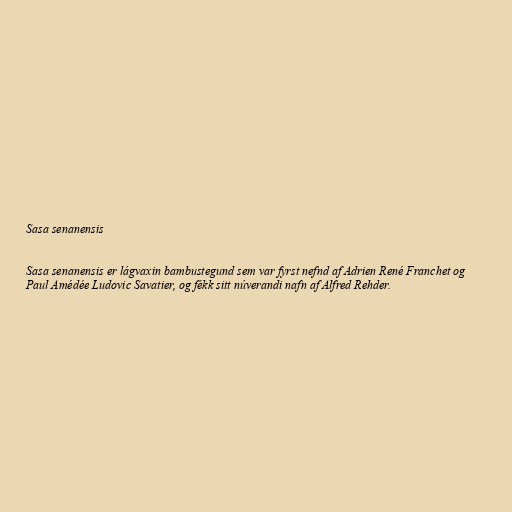
Sasa senanensis

Sasa senanensis er lágvaxin bambustegund sem var fyrst nefnd af Adrien René Franchet og
Paul Amédée Ludovic Savatier, og fékk sitt núverandi nafn af Alfred Rehder.